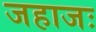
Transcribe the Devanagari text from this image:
जहाजः